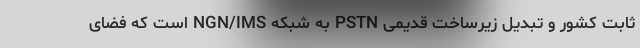
ثابت کشور و تبدیل زیرساخت قدیمی PSTN به شبکه NGN/IMS است که فضای